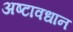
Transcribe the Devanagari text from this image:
अष्टावधान